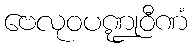
ဗေလုဝပဏ္ဍုဝီဏံ